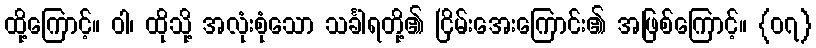
ထို့ကြောင့်။ ဝါ၊ ထိုသို့ အလုံးစုံသော သင်္ခါရတို့၏ ငြိမ်းအေးကြောင်း၏ အဖြစ်ကြောင့်။ {၀၇}